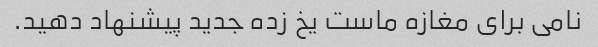
نامی برای مغازه ماست یخ زده جدید پیشنهاد دهید.